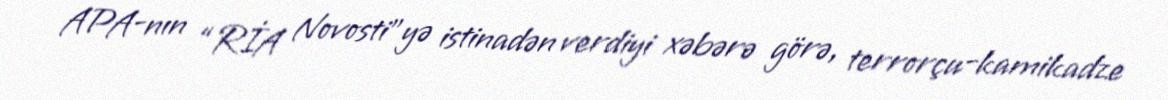
APA-nın “RİA Novosti”yə istinadən verdiyi xəbərə görə, terrorçu-kamikadze